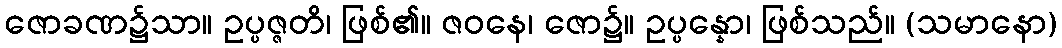
ဇောခဏ၌သာ။ ဥပ္ပဇ္ဇတိ၊ ဖြစ်၏။ ဇဝနေ၊ ဇော၌။ ဥပ္ပန္နော၊ ဖြစ်သည်။ (သမာနော)